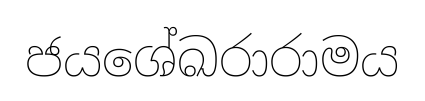
ජයශේඛරාරාමය